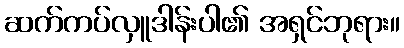
ဆက်ကပ်လှူဒါန်းပါ၏ အရှင်ဘုရား။